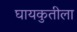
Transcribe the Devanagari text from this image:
घायकुतीला